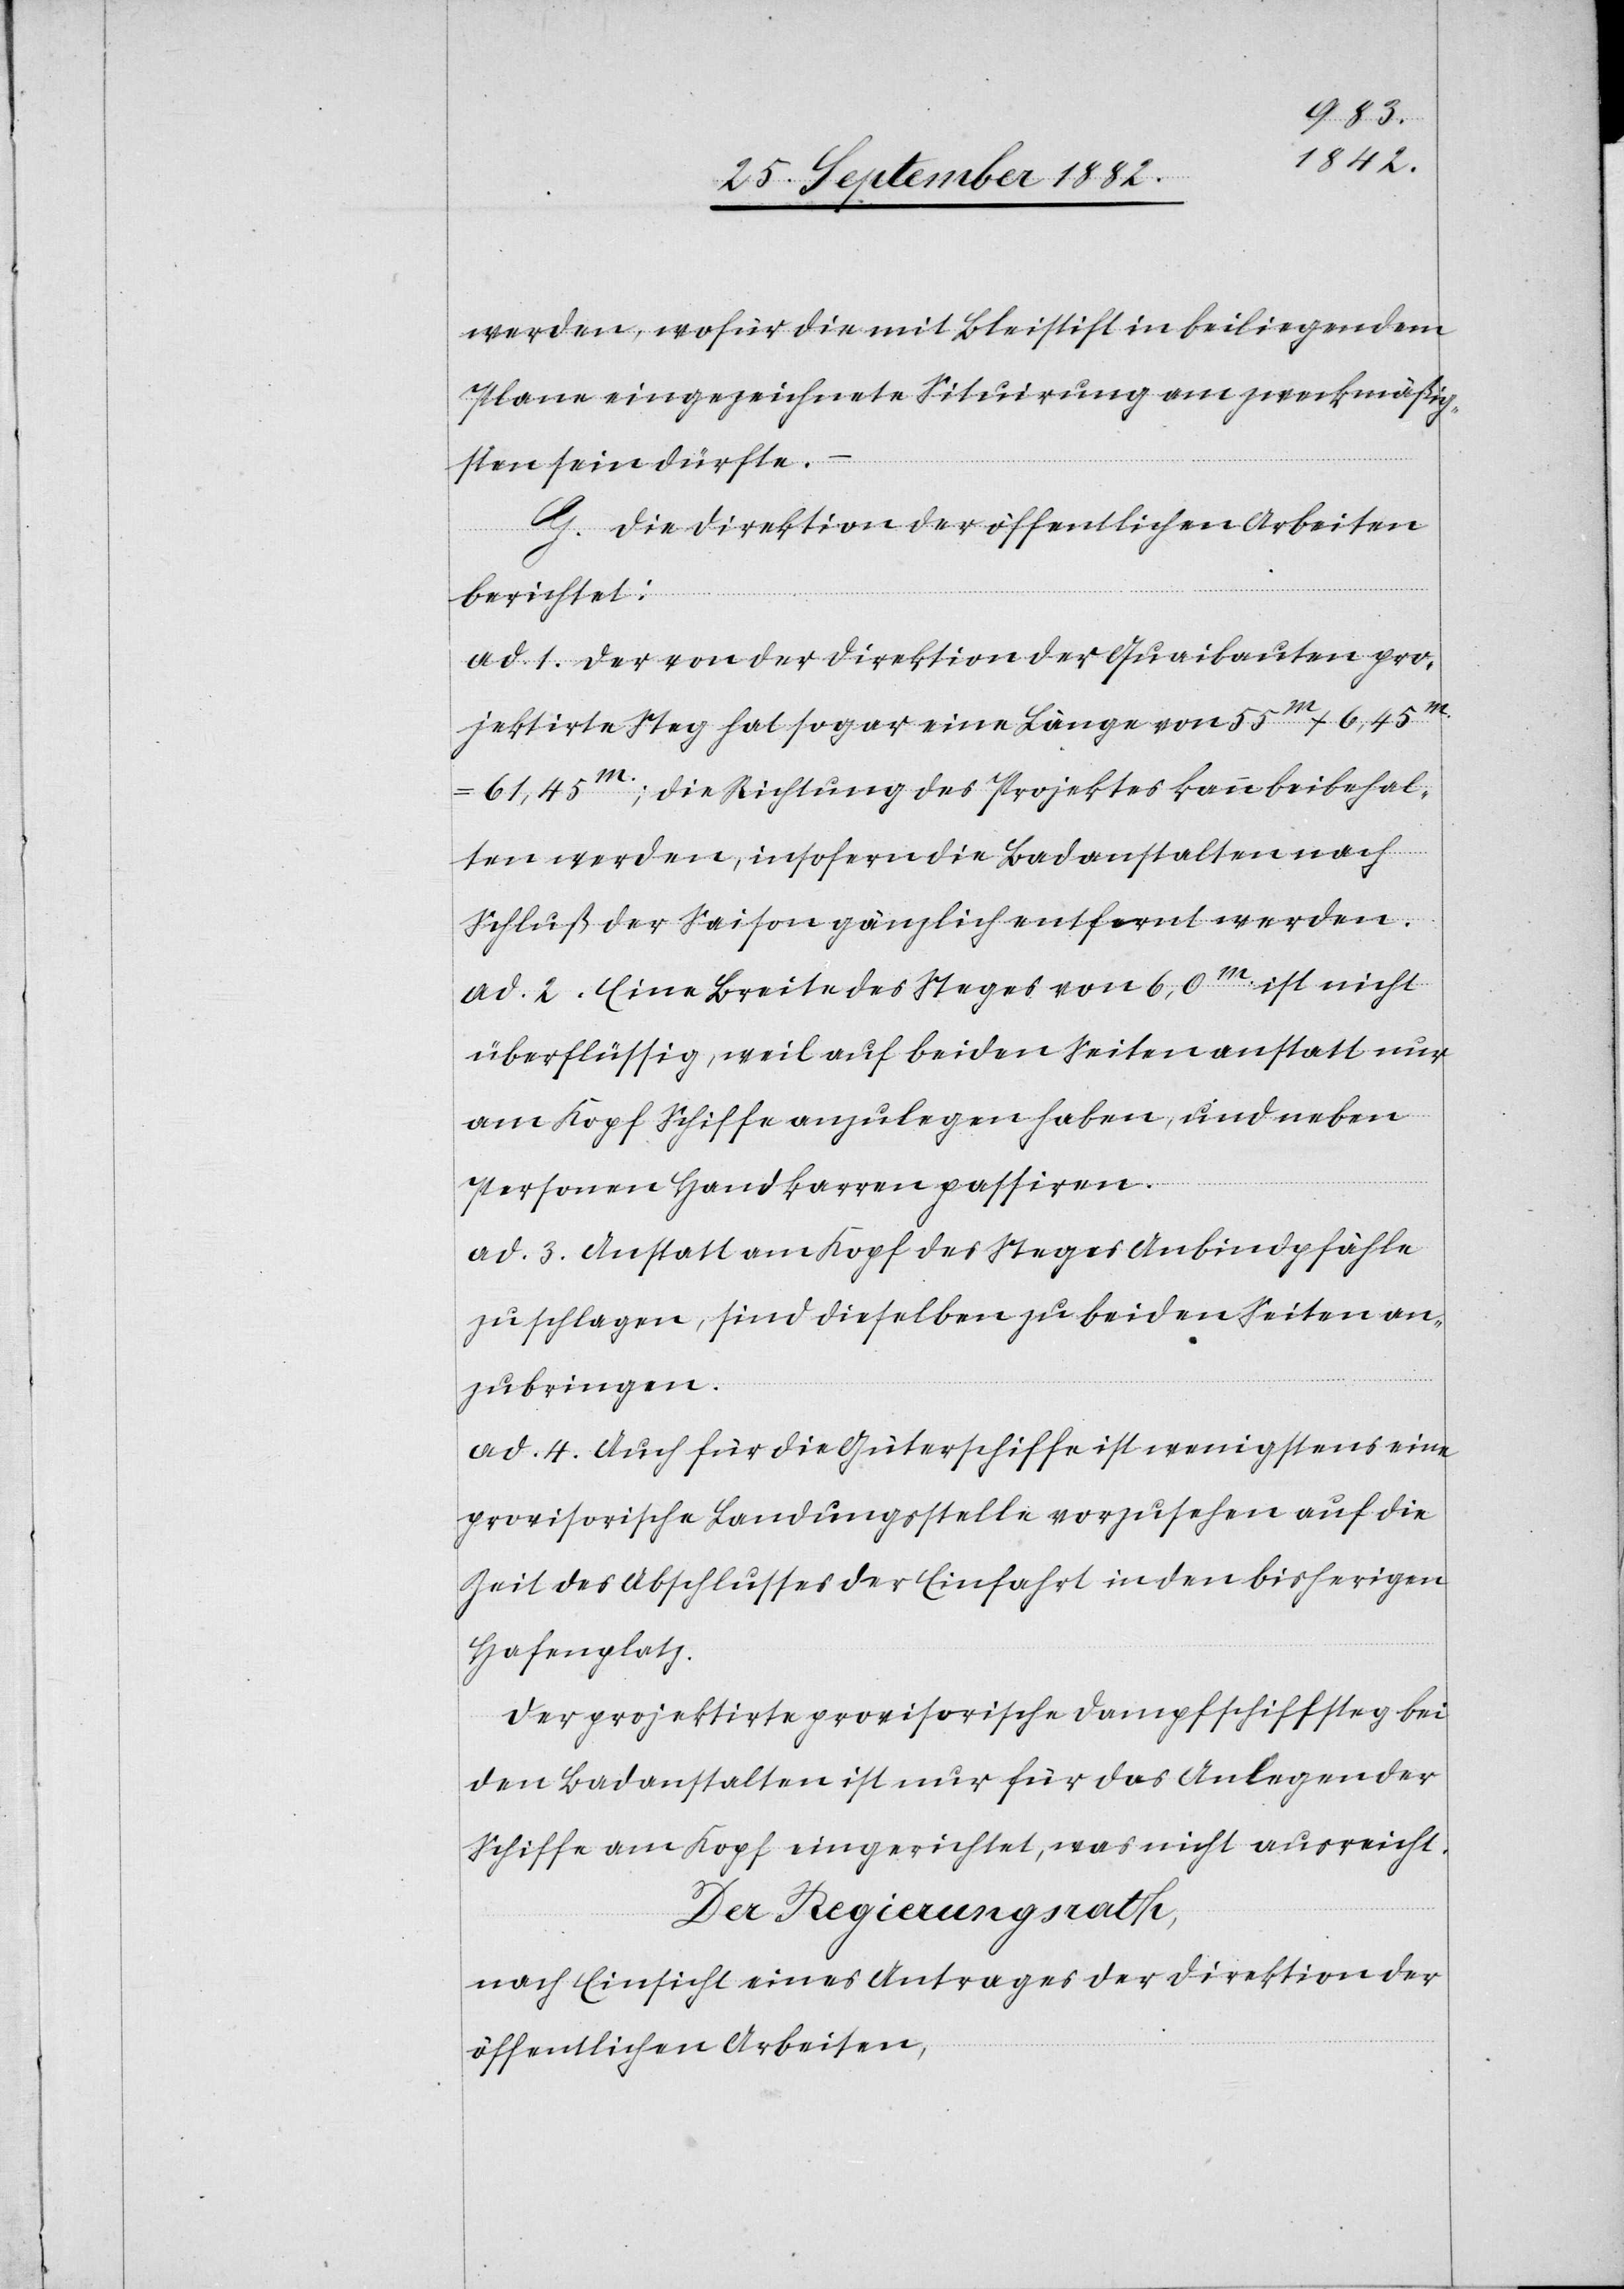
werden, wofür die mit Bleistift in beiliegendem
Plane eingezeichnete Situirung am zweckmäßig¬
sten sein dürfte.
–
C. Die Direktion der öffentlichen Arbeiten
berichtet:
ad 1. Der von der Direktion der Quaibauten pro¬
jektirte Steg hat sogar eine Länge von 55m x 6,45m
61,45m; die Richtung des Projektes kann beibehal¬
ten werden, insofern die Bandanstalten nach
Schluß der Saison gänzlich entfernt werden.
ad 2. Eine Breite des Steges von 6,0m ist nicht
überflüssig, weil auf beiden Seiten anstatt nur
am Kopf Schiffe anzulegen haben, und neben
Personen Handkarren passiren.
ad 3. Anstatt am Kopf des Steges Anbindpfähle
zu schlagen, sind dieselben zu beiden Seiten an¬
zubringen.
ad 4. Auch für die Güterschiffe ist wenigstens eine
provisorische Landungsstelle vorzusehen auf die
Zeit des Abschlusses der Einfahrt in den bisherigen
Hafenplatz.
Der projektirte provisorische Dampfschiffsteg bei
den Badanstalten ist nur für das Anlegen der
Schiffe am Kopf eingerichtet, was nicht ausreicht.
Der Regierungsrath,
nach Einsicht eines Antrages der Direktion der
öffentlichen Arbeiten,